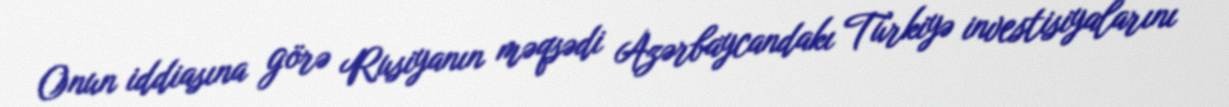
Onun iddiasına görə Rusiyanın məqsədi Azərbaycandakı Türkiyə investisiyalarını